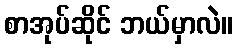
စာအုပ်ဆိုင် ဘယ်မှာလဲ။